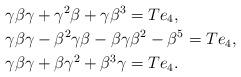
LaTeX: \begin{align*}&\gamma \beta \gamma + \gamma^2 \beta + \gamma \beta^3 =T e_4, \\&\gamma \beta \gamma - \beta^2 \gamma \beta -\beta \gamma \beta^2 - \beta^5= T e_4, \\&\gamma \beta \gamma + \beta \gamma^2 + \beta^3 \gamma =T e_4.\end{align*}